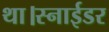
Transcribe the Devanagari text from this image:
था।स्नाईडर